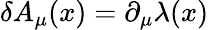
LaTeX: \delta A_{\mu}(x)=\partial_{\mu}\lambda(x)